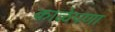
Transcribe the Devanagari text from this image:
काळेपणा